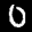
Label: 0